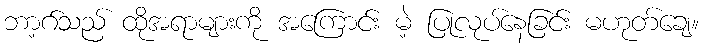
ဘာ့ဂ်သည် ထိုအရာများကို အကြောင်း မဲ့ ပြုလုပ်နေခြင်း မဟုတ်ချေ။